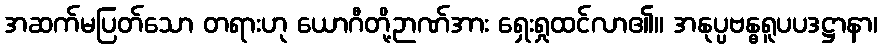
အဆက်မပြတ်သော တရားဟု ယောဂီတို့ဉာဏ်အား ရှေးရှုထင်လာ၏။ အနုပ္ပဗန္ဓရူပပဒဋ္ဌာနာ၊